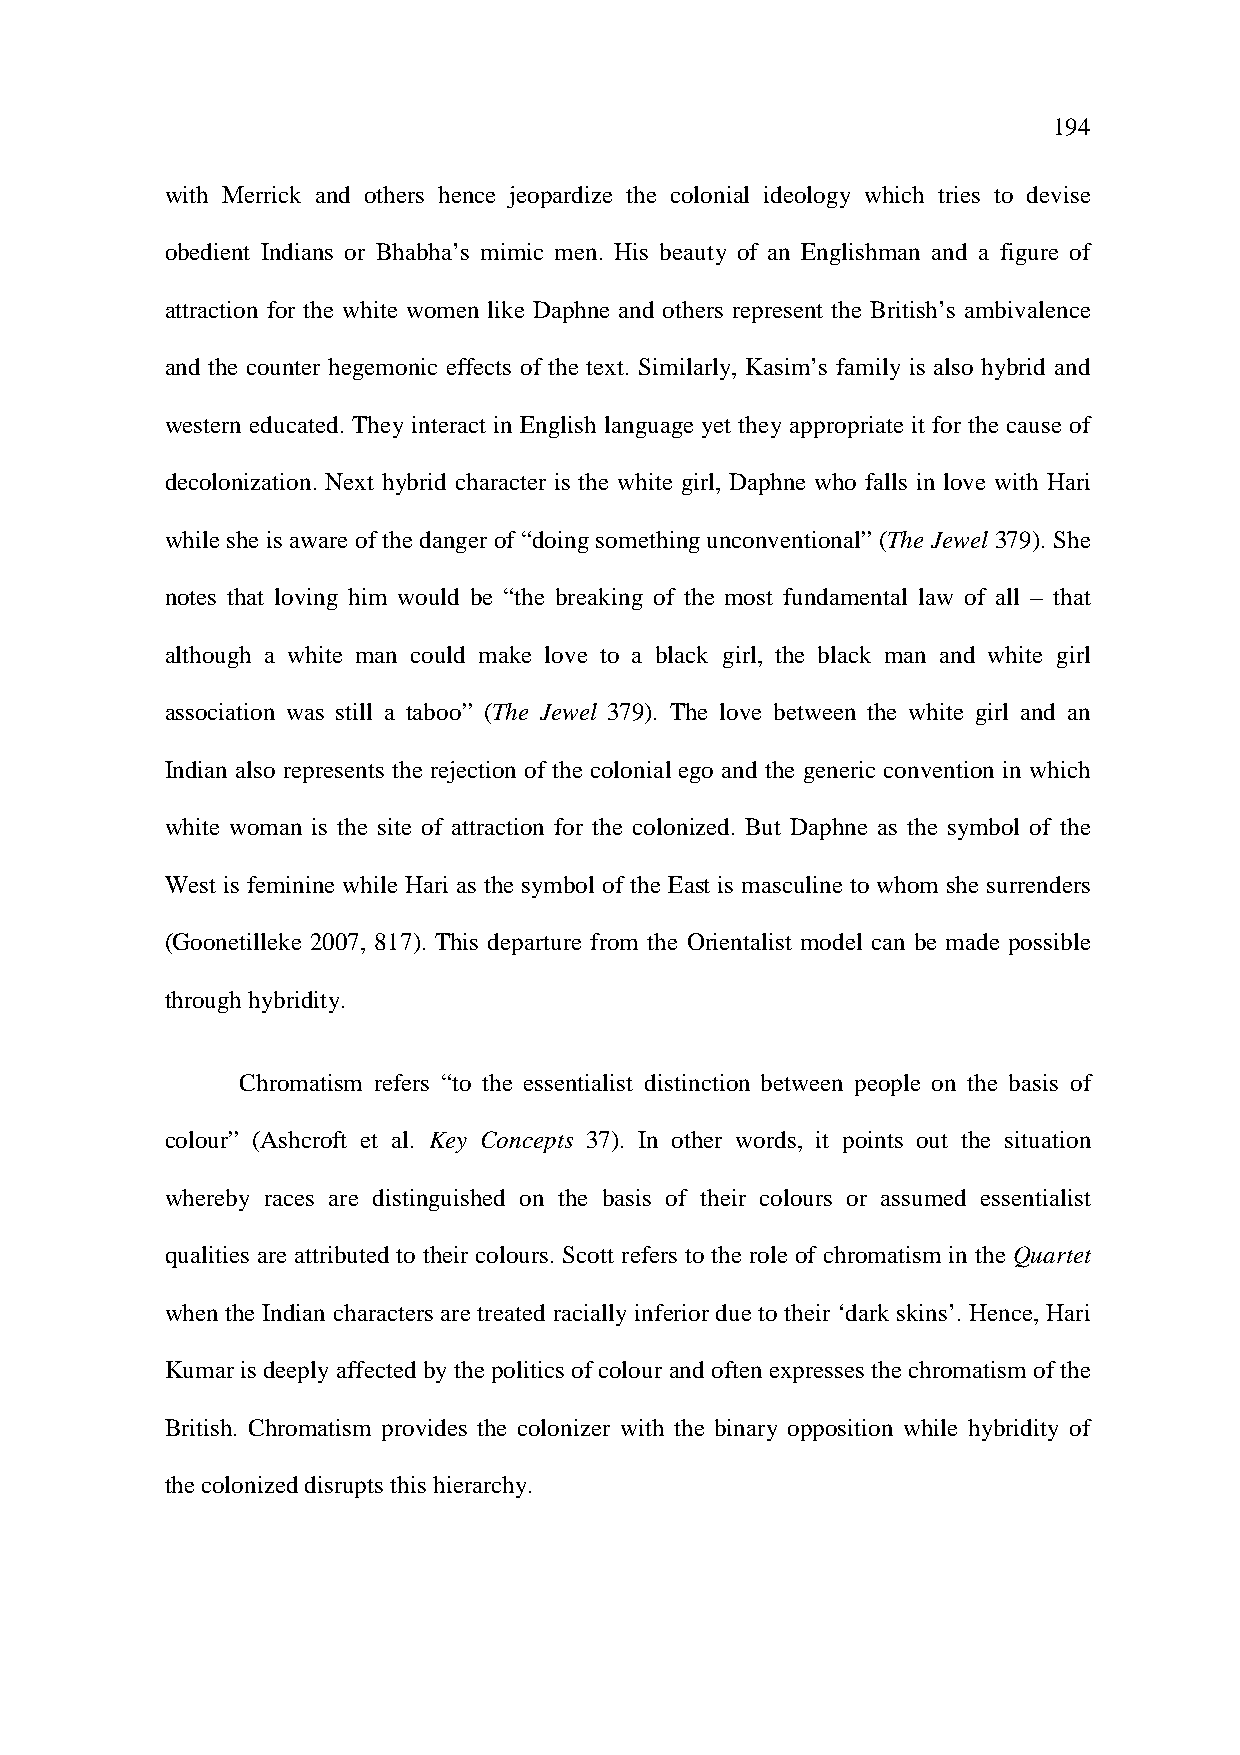
194
 with Merrick and others hence jeopardize the colonial ideology which tries to devise
 obedient Indians or Bhabha’s mimic men. His beauty of an Englishman and a figure of
 attraction for the white women like Daphne and others represent the British’s ambivalence
 and the counter hegemonic effects of the text. Similarly, Kasim’s family is also hybrid and
 western educated. They interact in English language yet they appropriate it for the cause of
 decolonization. Next hybrid character is the white girl, Daphne who falls in love with Hari
 while she is aware of the danger of “doing something unconventional” (The Jewel 379). She
 notes that loving him would be “the breaking of the most fundamental law of all – that
 although a white man could make love to a black girl, the black man and white girl
 association was still a taboo” (The Jewel 379). The love between the white girl and an
 Indian also represents the rejection of the colonial ego and the generic convention in which
 white woman is the site of attraction for the colonized. But Daphne as the symbol of the
 West is feminine while Hari as the symbol of the East is masculine to whom she surrenders
 (Goonetilleke 2007, 817). This departure from the Orientalist model can be made possible
 through hybridity.
 Chromatism refers “to the essentialist distinction between people on the basis of
 colour” (Ashcroft et al. Key Concepts 37). In other words, it points out the situation
 whereby races are distinguished on the basis of their colours or assumed essentialist
 qualities are attributed to their colours. Scott refers to the role of chromatism in the Quartet
 when the Indian characters are treated racially inferior due to their ‘dark skins’. Hence, Hari
 Kumar is deeply affected by the politics of colour and often expresses the chromatism of the
 British. Chromatism provides the colonizer with the binary opposition while hybridity of
 the colonized disrupts this hierarchy.